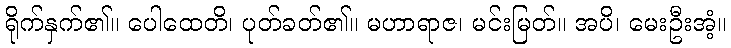
ရိုက်နှက်၏။ ပေါထေတိ၊ ပုတ်ခတ်၏။ မဟာရာဇ၊ မင်းမြတ်။ အပိ၊ မေးဦးအံ့။